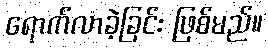
ရောက်လာခဲ့ခြင်း ဖြစ်မည်။